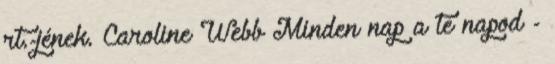
rt.-jének. Caroline Webb Minden nap a te napod -